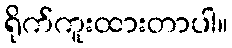
ရိုက်ကူးထားတာပါ။